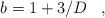
\begin{align*}b=1+3/D\,\,\,\,\,,\,\,\,\,\,\end{align*}